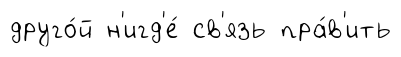
друго́й н'игд'е́ св'язь пра́в'ить